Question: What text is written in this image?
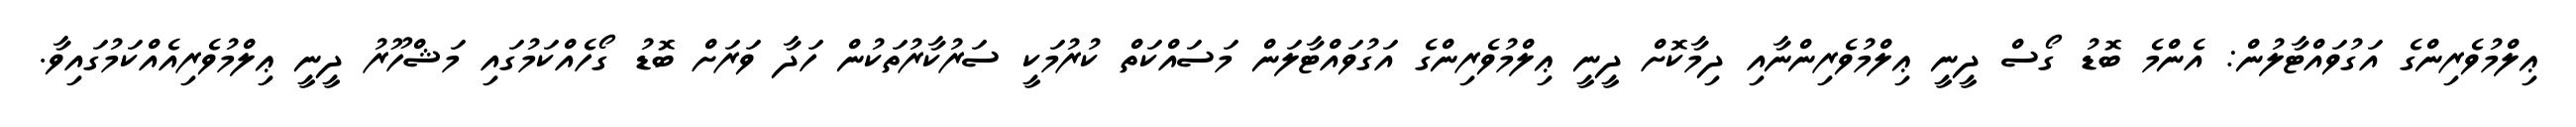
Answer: ޢިލްމުވެރިންގެ އަގުވައްޓާލުން: އެންމެ ބޮޑު ގޯސް ދީނީ ޢިލްމުވެރިންނާއި ދިމާކޮށް ދީނީ ޢިލްމުވެރިންގެ އަގުވައްޓާލަން މަސައްކަތް ކުރުމަކީ ސަރުކާރުތަކުން ހަދާ ވަރަށް ބޮޑު ގޯހެއްކަމުގައި މަޝްހޫރު ދީނީ ޢިލްމުވެރިއެއްކަމުގައިވާ.